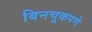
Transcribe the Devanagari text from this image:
बिनचूकपणे